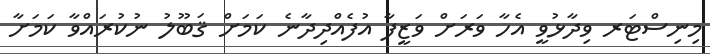
މިނިސްޓަރ ވިދާޅުވީ އެހާ ވަރަށް ވަޒީފާ އުފެއްދިދާނެ ކަމަށް ޤަބޫލު ނުކުރައްވާ ކަމަށާ